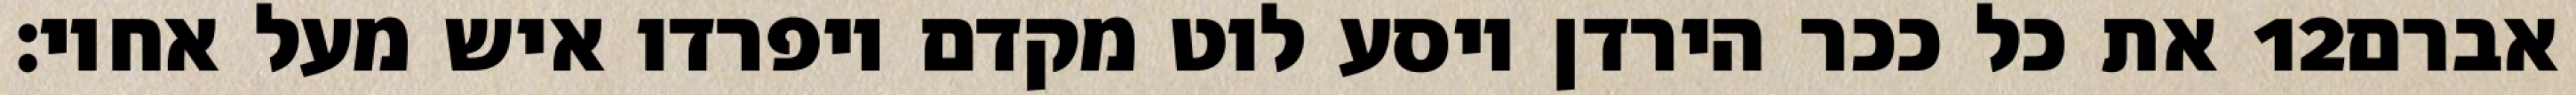
את כל ככר הירדן ויסע לוט מקדם ויפרדו איש מעל אחיו׃ ‎12‏ אברם